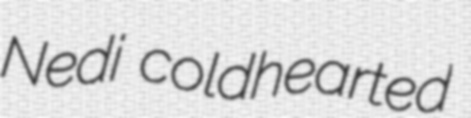
Nedi coldhearted